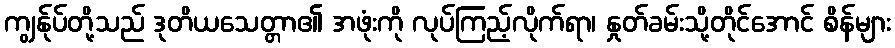
ကျွန်ုပ်တို့သည် ဒုတိယသေတ္တာ၏ အဖုံးကို လုပ်ကြည့်လိုက်ရာ၊ နှုတ်ခမ်းသို့တိုင်အောင် စိန်များ